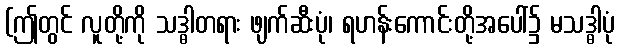
(ဤတွင် လူတို့ကို သဒ္ဓါတရား ဖျက်ဆီးပုံ၊ ရဟန်းကောင်းတို့အပေါ်၌ မသဒ္ဓါပုံ